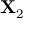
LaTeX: \mathbf { X } _ { 2 }